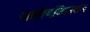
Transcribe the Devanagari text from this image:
जलीयविलयन